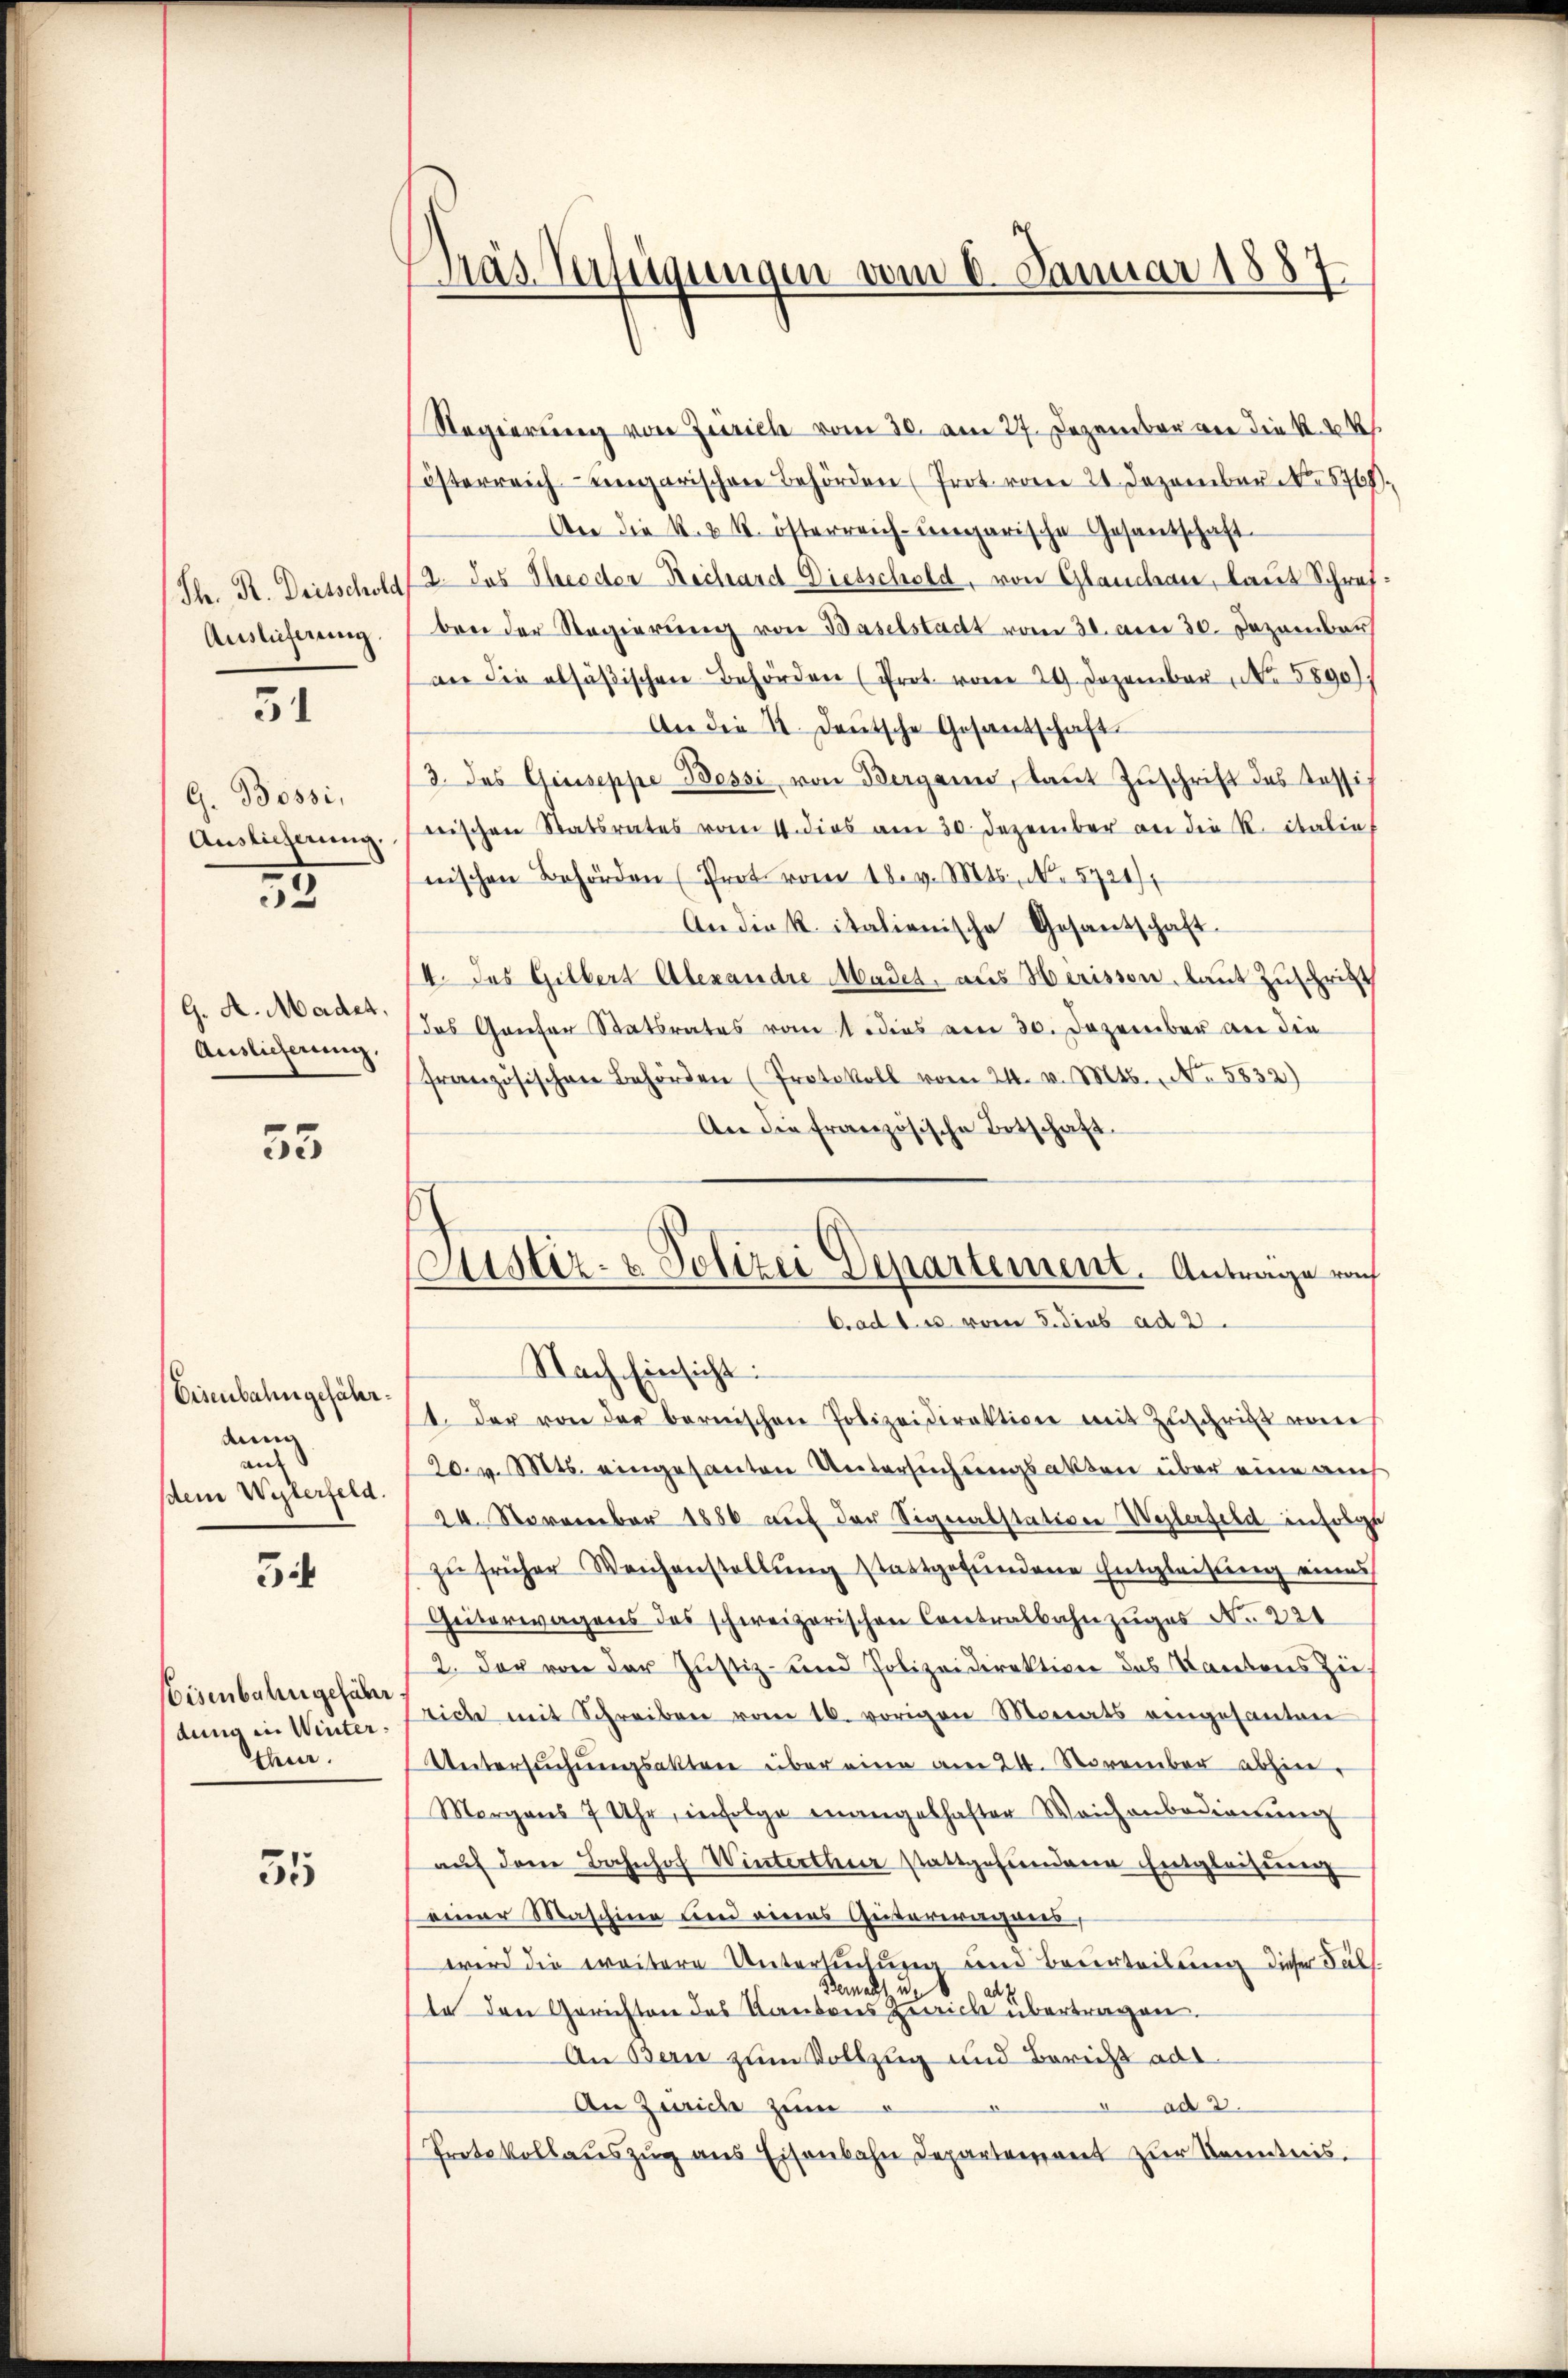
Th. R. Dritschold
Auslieferung

51

G. Bossi,
Auslieferung.

2

G. A. Madet,
Auslieferung.

55

Eisenbahngefährdung
au
sdem Wylerfeld.

34

Eisenbahn gefähr
dung in Winter.
thur.

55

Gras Verfügungen vom 8. Januar 1887.

Regierung von Zürich vom 30. am 27. Dezember von die K. K.
österreich eingarischen Behörden (Prot vom 24. Dezember No. 5768)
An die k. k. österreich-ungarische Gesantschaft¬
2. Das Theodor Rechard Dietschold, von Glauchau, laut Schref.
ben der Regierung von Baselstadt vom 30. anei 30. Dezember
an die alsäβischen Behörden (Prot vom 29. Dezember, No. 5890).
An die K. Deutsche Gesantschaft
3. des Giuseppe Bessi von Bergann, laŭt Zŭschrift des Kassis
nischen Statsrates vom 4. dies am 30. Dezember an die R. italief
nischen Behörden (Prot vom 18. v. Mts. No. 5721),
Andick italienische Gesandtschaft.
4. Das Gilbert Alexandre Mades, aus Herissen, laut Zuschritt
das Grieser Statsrates vom 1 dies am 30. Dezember an die
französischen Behörden (Protokoll vom 24. v. Mts., No. 5832)
An die französische Botschaft.
Nach Einsicht:
1. Der von der bernischen Polizeidirektion mit Zŭschrift von
20. v. Mts. eingesanten Untersuchungsakten über eine auch
20. November 1886 auf der Signabstativen Weilerfeld infolge
zŭ früher Weichenstellŭng stattgefŭndene Entgleitung eines
Geiterwagens des schweizerischen Contralbahnzuges No. 321
2. Der von der Justiz- und Polizeidirektion das Kantons Zie
eiche mit Schreiben vom 16. vorigen Monats eingesanten
Untersŭchŭngsaktere über eine am 24. November abhin
Morgens 7 Uhr, infolge mangelhafter Weichenbedienŭng
aŭf dem Bahnhof Winterthur stattgefundene Entgleihung
einer Maschien und verens Geitererwohners
wird die weitere Untertretung und Beurteilung dieser Subs
demacht un
te den Gerichten des Kantons Zürich übertragen.
An Bern zum Vollzug und Bericht ad 1
An Zürich zum
ad 3.
Protokollaŭszŭg ans Eisenbahn Departement zur Kenntnis.

Justiz- & Polizei Departement. Antrage nach
C. ad 1. es vom 3. dies ad 2.